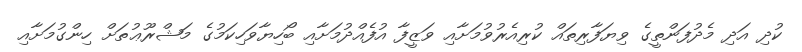
ކުދި އަދި މެދުފަންތީގެ ވިޔަފާރިތައް ކުރިއެރުވުމަށާއި ވަޒީފާ އުފެއްދުމަށާއި ބޯހިޔާވަހިކަމުގެ މަޝްރޫޢުތަށް ހިންގުމަށާއި